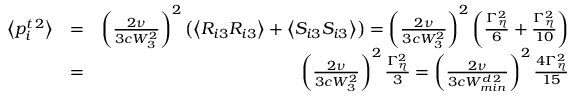
\begin{array} { r l r } { \left\langle p _ { i } ^ { t \, 2 } \right\rangle } & { = } & { \left( \frac { 2 \nu } { 3 c W _ { 3 } ^ { 2 } } \right) ^ { 2 } \left( \left\langle R _ { i 3 } R _ { i 3 } \right\rangle + \left\langle S _ { i 3 } S _ { i 3 } \right\rangle \right) = \left( \frac { 2 \nu } { 3 c W _ { 3 } ^ { 2 } } \right) ^ { 2 } \left( \frac { \Gamma _ { \eta } ^ { 2 } } { 6 } + \frac { \Gamma _ { \eta } ^ { 2 } } { 1 0 } \right) } \\ & { = } & { \left( \frac { 2 \nu } { 3 c W _ { 3 } ^ { 2 } } \right) ^ { 2 } \frac { \Gamma _ { \eta } ^ { 2 } } { 3 } = \left( \frac { 2 \nu } { 3 c W _ { m i n } ^ { d \, 2 } } \right) ^ { 2 } \frac { 4 \Gamma _ { \eta } ^ { 2 } } { 1 5 } } \end{array}